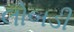
લોબડી